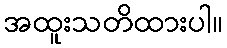
အထူးသတိထားပါ။